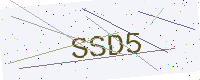
Text: SSD5